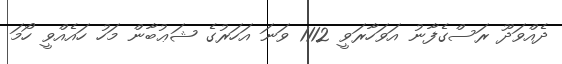
ދެއްވަދޫ ރަސްގެފާނު އަވަހާރަވީ 1112 ވަނަ އަހަރުގެ ޝަޢުބާން މަހު ހައެއްވީ ހޯމަ